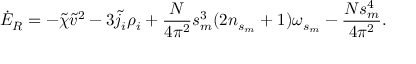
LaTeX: \dot { \cal E } _ { \tiny R } = - \tilde { \chi } \tilde { v } ^ { 2 } - 3 \tilde { j } _ { i } \rho _ { i } + \frac { N } { 4 \pi ^ { 2 } } s _ { m } ^ { 3 } ( 2 n _ { s _ { m } } + 1 ) \omega _ { s _ { m } } - \frac { N s _ { m } ^ { 4 } } { 4 \pi ^ { 2 } } .